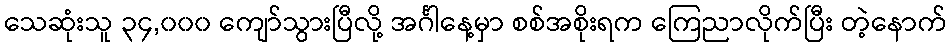
သေဆုံးသူ ၃၄,၀၀၀ ကျော်သွားပြီလို့ အင်္ဂါနေ့မှာ စစ်အစိုးရက ကြေညာလိုက်ပြီး တဲ့နောက်